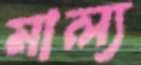
মাল্য